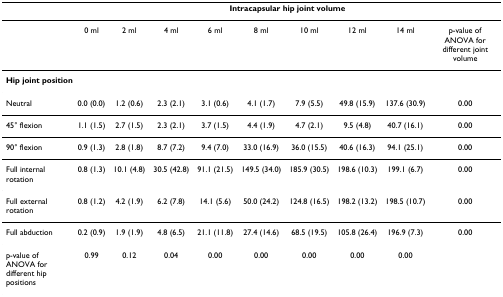
<table><thead><tr><td></td><td colspan="9"><b>Intracapsular hip joint volume</b></td></tr></thead><tbody><tr><td></td><td>0 ml</td><td>2 ml</td><td>4 ml</td><td>6 ml</td><td>8 ml</td><td>10 ml</td><td>12 ml</td><td>14 ml</td><td>p-value of ANOVA for different joint volume</td></tr><tr><td colspan="10"><b>Hip joint position</b></td></tr><tr><td>Neutral</td><td>0.0 (0.0)</td><td>1.2 (0.6)</td><td>2.3 (2.1)</td><td>3.1 (0.6)</td><td>4.1 (1.7)</td><td>7.9 (5.5)</td><td>49.8 (15.9)</td><td>137.6 (30.9)</td><td>0.00</td></tr><tr><td>45° flexion</td><td>1.1 (1.5)</td><td>2.7 (1.5)</td><td>2.3 (2.1)</td><td>3.7 (1.5)</td><td>4.4 (1.9)</td><td>4.7 (2.1)</td><td>9.5 (4.8)</td><td>40.7 (16.1)</td><td>0.00</td></tr><tr><td>90° flexion</td><td>0.9 (1.3)</td><td>2.8 (1.8)</td><td>8.7 (7.2)</td><td>9.4 (7.0)</td><td>33.0 (16.9)</td><td>36.0 (15.5)</td><td>40.6 (16.3)</td><td>94.1 (25.1)</td><td>0.00</td></tr><tr><td>Full internal rotation</td><td>0.8 (1.3)</td><td>10.1 (4.8)</td><td>30.5 (42.8)</td><td>91.1 (21.5)</td><td>149.5 (34.0)</td><td>185.9 (30.5)</td><td>198.6 (10.3)</td><td>199.1 (6.7)</td><td>0.00</td></tr><tr><td>Full external rotation</td><td>0.8 (1.2)</td><td>4.2 (1.9)</td><td>6.2 (7.8)</td><td>14.1 (5.6)</td><td>50.0 (24.2)</td><td>124.8 (16.5)</td><td>198.2 (13.2)</td><td>198.5 (10.7)</td><td>0.00</td></tr><tr><td>Full abduction</td><td>0.2 (0.9)</td><td>1.9 (1.9)</td><td>4.8 (6.5)</td><td>21.1 (11.8)</td><td>27.4 (14.6)</td><td>68.5 (19.5)</td><td>105.8 (26.4)</td><td>196.9 (7.3)</td><td>0.00</td></tr><tr><td>p-value of ANOVA for different hip positions</td><td>0.99</td><td>0.12</td><td>0.04</td><td>0.00</td><td>0.00</td><td>0.00</td><td>0.00</td><td>0.00</td><td></td></tr></tbody></table>